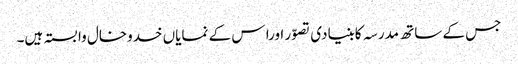
جس کے ساتھ مدرسہ کابنیادی تصوّر اورا س کے نمایاں خدوخال وابستہ ہیں۔